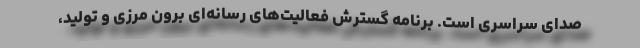
صدای سراسری است. برنامه گسترش فعالیت‌های رسانه‌ای برون مرزی و تولید،